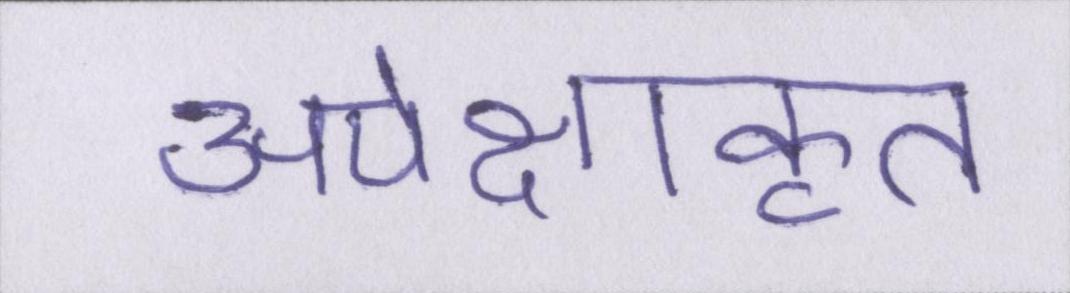
अपेक्षाकृत